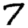
Digit: 7